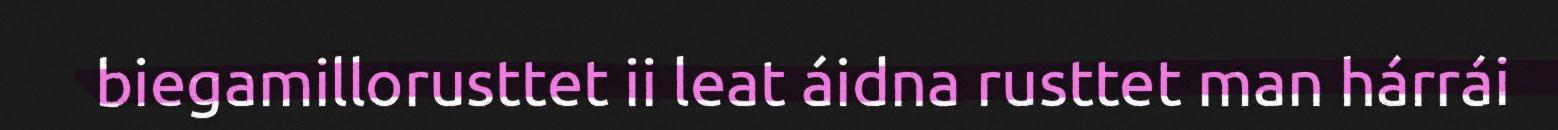
biegamillorusttet ii leat áidna rusttet man hárrái